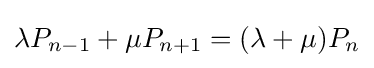
\lambda P_{n-1}+\mu P_{n+1}=(\lambda +\mu )P_{n}